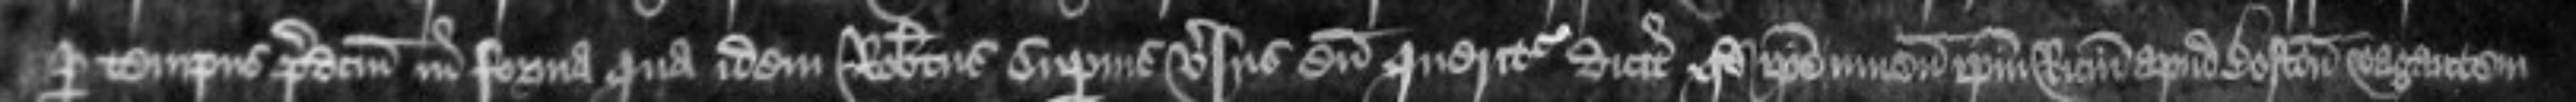
per tempus predictum in forma qua idem Robertus superius versus cum queritur dicit quod ipse invenit ipsum Ricardum apud Boston vagantem